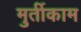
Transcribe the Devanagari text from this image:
मुर्तीकाम